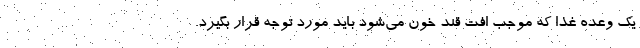
یک وعده غذا که موجب افت قند خون می‌شود باید مورد توجه قرار بگیرد.